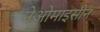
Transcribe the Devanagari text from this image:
नेओमाइसीन